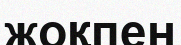
жоқпен